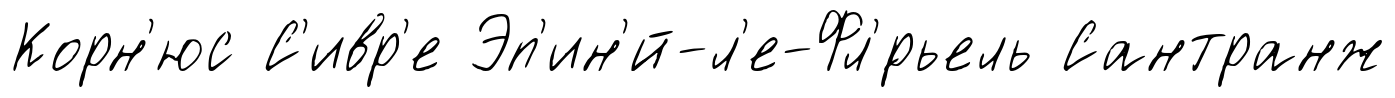
Корн'юс С'ивр'е Эп'ин'́й-л'е-Фл'́рьель Сантранж